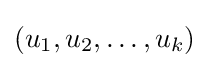
(u_{1},u_{2},\dots ,u_{k})